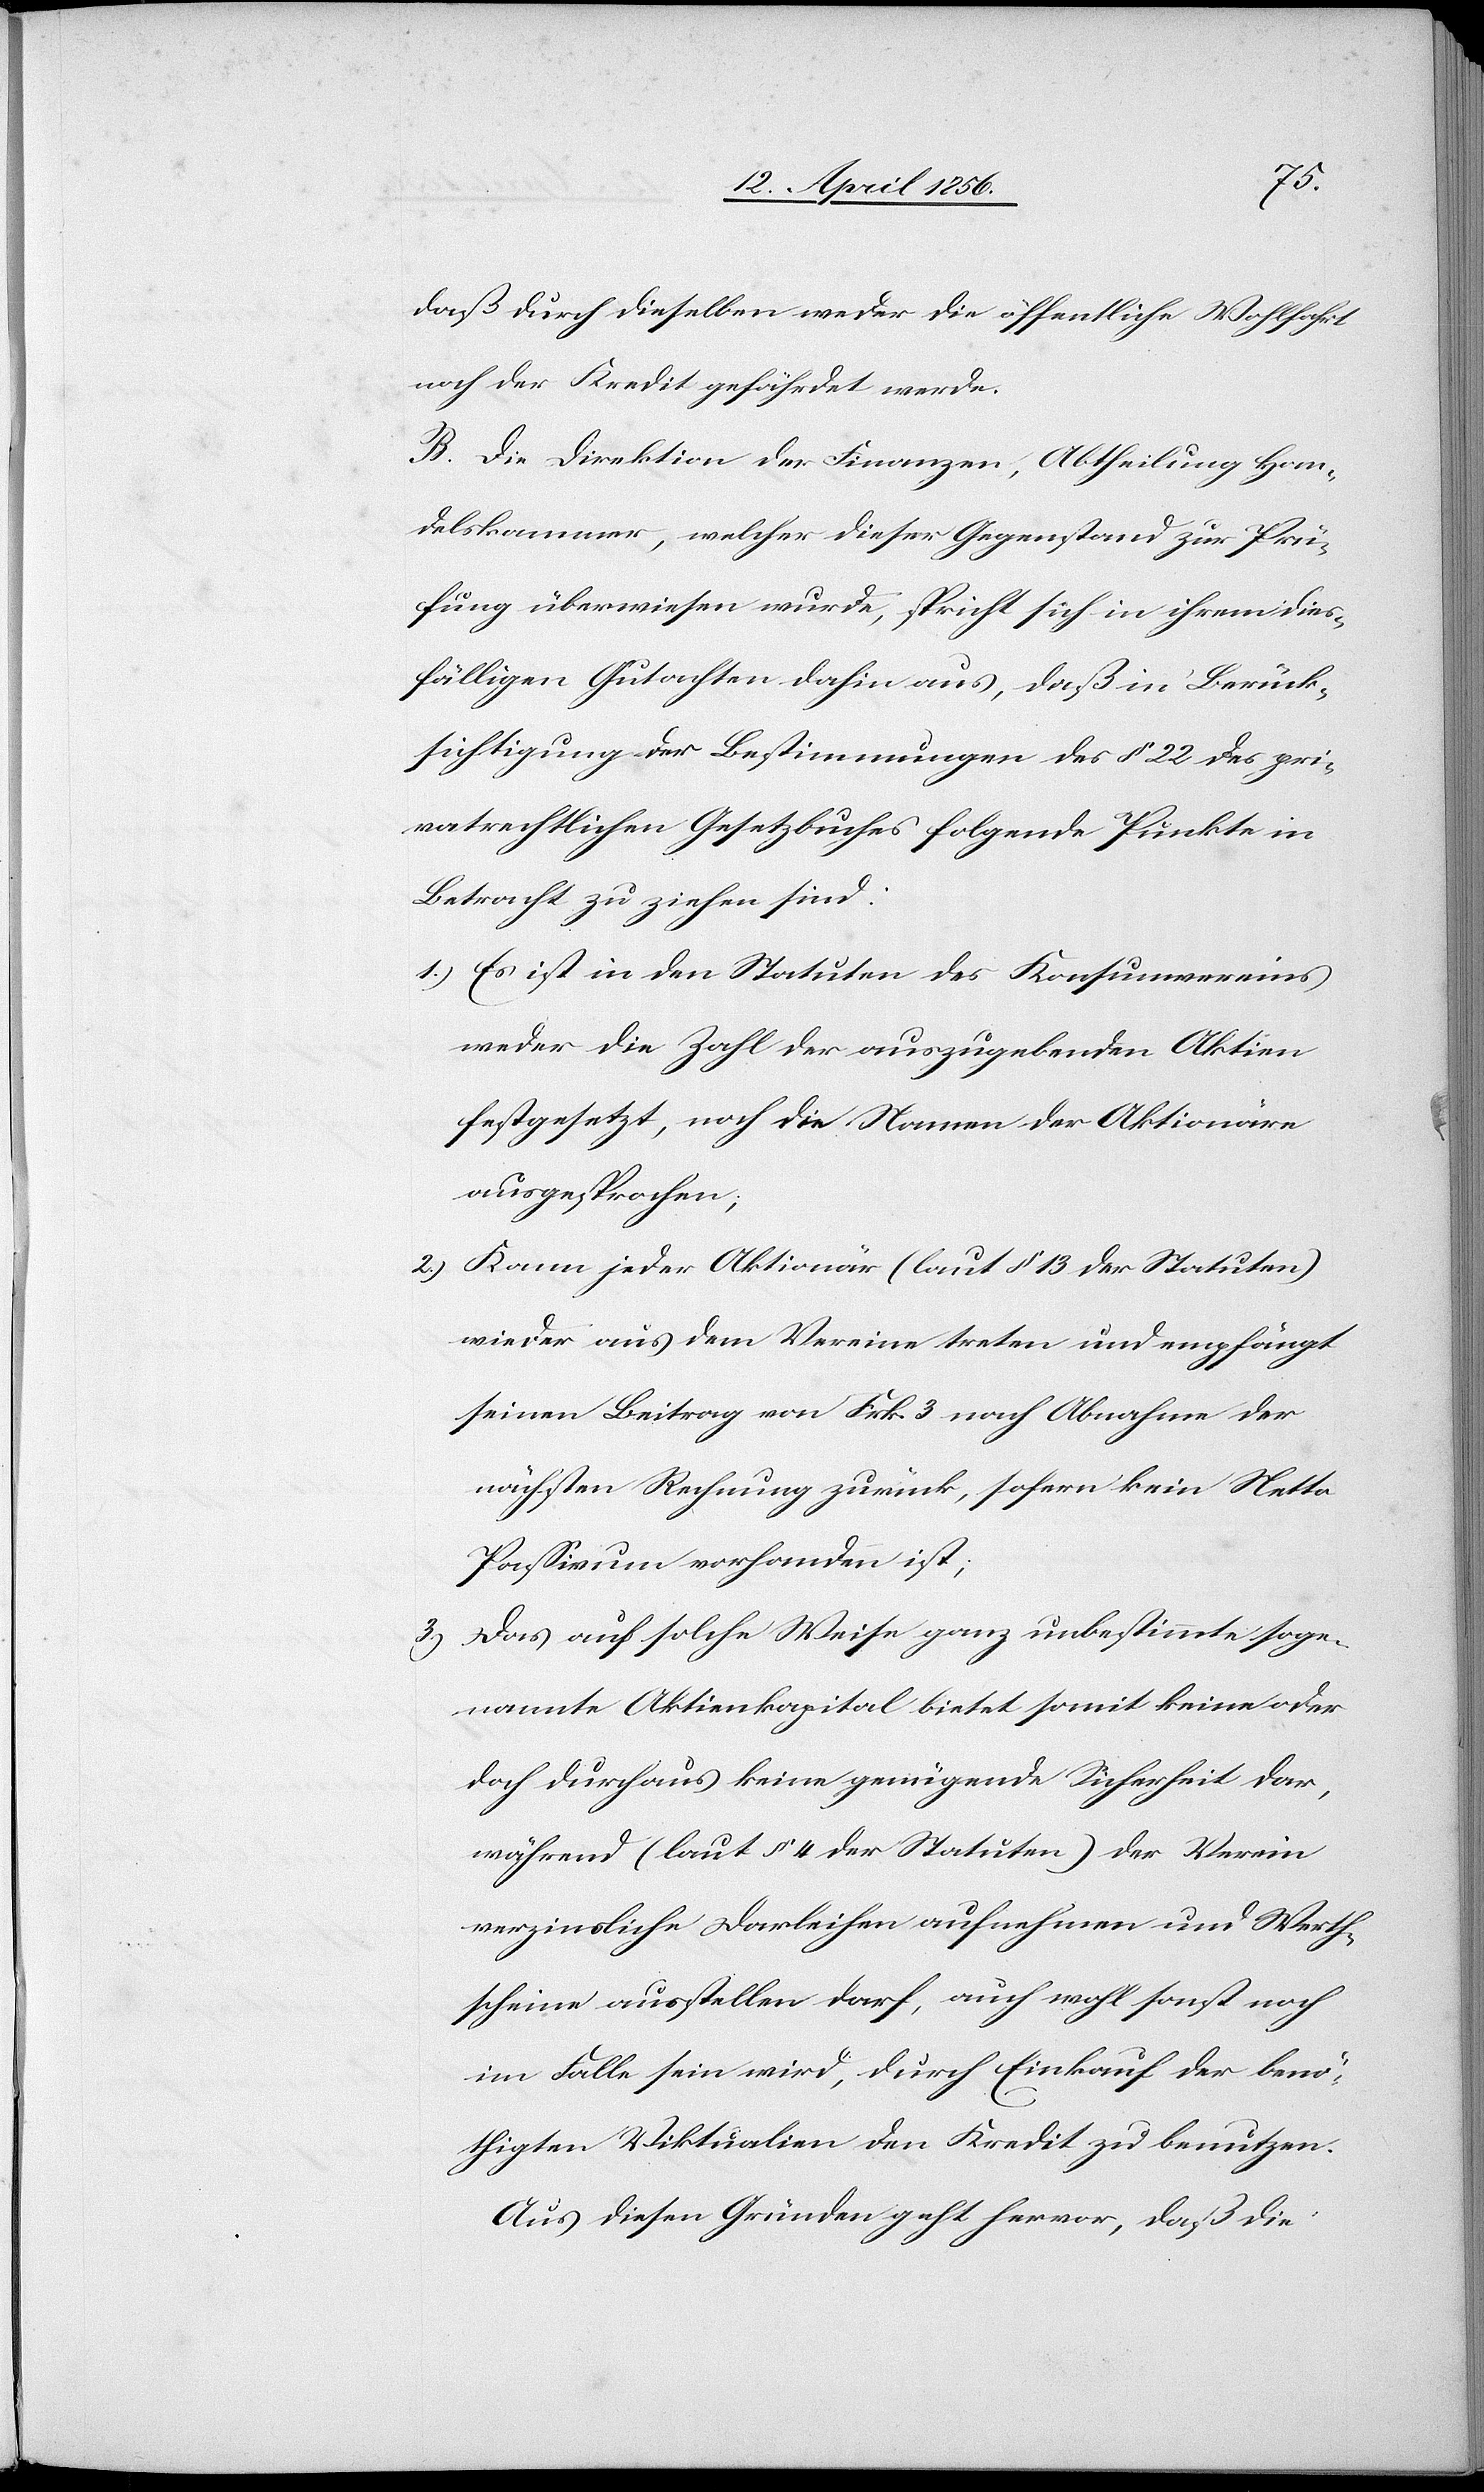
daß durch dieselben weder die öffentliche Wohlfahrt
noch der Kredit gefährdet werde.
B. Die Direktion der Finanzen, Abtheilung Han¬
delskammer, welcher dieser Gegenstand zur Prü¬
fung überwiesen wurde, spricht sich in ihrem dies¬
fälligen Gutachten dahin aus, daß in Berück¬
sichtigung der Bestimmungen des § 22 des pri¬
vatrechtlichen Gesetzbuches folgende Punkte in
Betracht zu ziehen sind:
1.) Es ist in den Statuten des Konsumvereins
weder die Zahl der auszugebenden Aktien
festgesetzt, noch die Namen der Aktionäre
ausgesprochen;
2.) Kann jeder Aktionär (laut § 13 der Statuten)
wieder aus dem Vereine treten und empfängt
seinen Beitrag von Frk. 3 nach Abnahme der
nächsten Rechnung zurück, sofern kein Netto
Passivum vorhanden ist;
3.) Das auf solche Weise ganz unbestimmte soge¬
nannte Aktienkapital bietet somit keine oder
doch durchaus keine genügende Sicherheit dar,
während (laut § 4 der Statuten) der Verein
verzinsliche Darleihen aufnehmen und Werth¬
scheine ausstellen darf, auch wohl sonst noch
im Falle sein wird, durch Einkauf der benö¬
thigten Viktualien den Kredit zu benutzen.
Aus diesen Gründen geht hervor, daß die